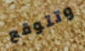
وتتوقع